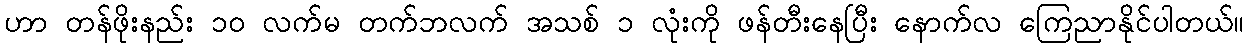
ဟာ တန်ဖိုးနည်း ၁၀ လက်မ တက်ဘလက် အသစ် ၁ လုံးကို ဖန်တီးနေပြီး နောက်လ ကြေညာနိုင်ပါတယ်။